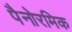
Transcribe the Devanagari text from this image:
पैनोरमिक